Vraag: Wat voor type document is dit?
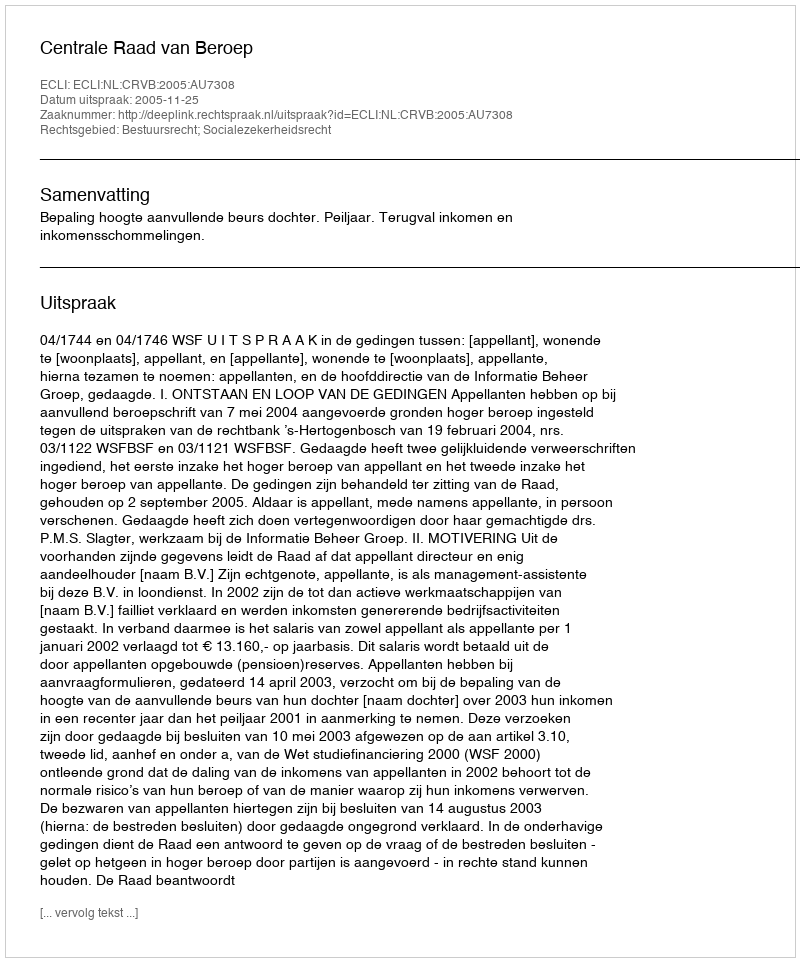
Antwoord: Uitspraak